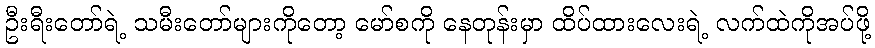
ဦးရီးတော်ရဲ့ သမီးတော်များကိုတော့ မော်စကို နေတုန်းမှာ ထိပ်ထားလေးရဲ့ လက်ထဲကိုအပ်ဖို့